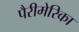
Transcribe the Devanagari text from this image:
पैरीमेरिका